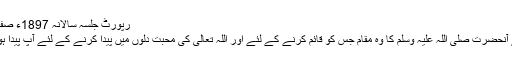
رپورٹ جلسہ سالانہ 1897ء صفحہ 140)
پس یہ ہے آنحضرت صلی اللہ علیہ وسلم کا وہ مقام جس کو قائم کرنے کے لئے اور اللہ تعالیٰ کی محبت دلوں میں پیدا کرنے کے لئے آپؐ پیدا ہوئے تھے۔